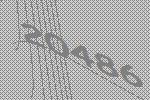
20486